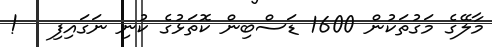
މާލޭގެ މަގުތަކުން 1600 ޑަސްބިން ކޮތަޅުގެ ކުނި ނަގައިފި   !